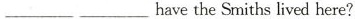
___ ___havethe Smiths lived here?